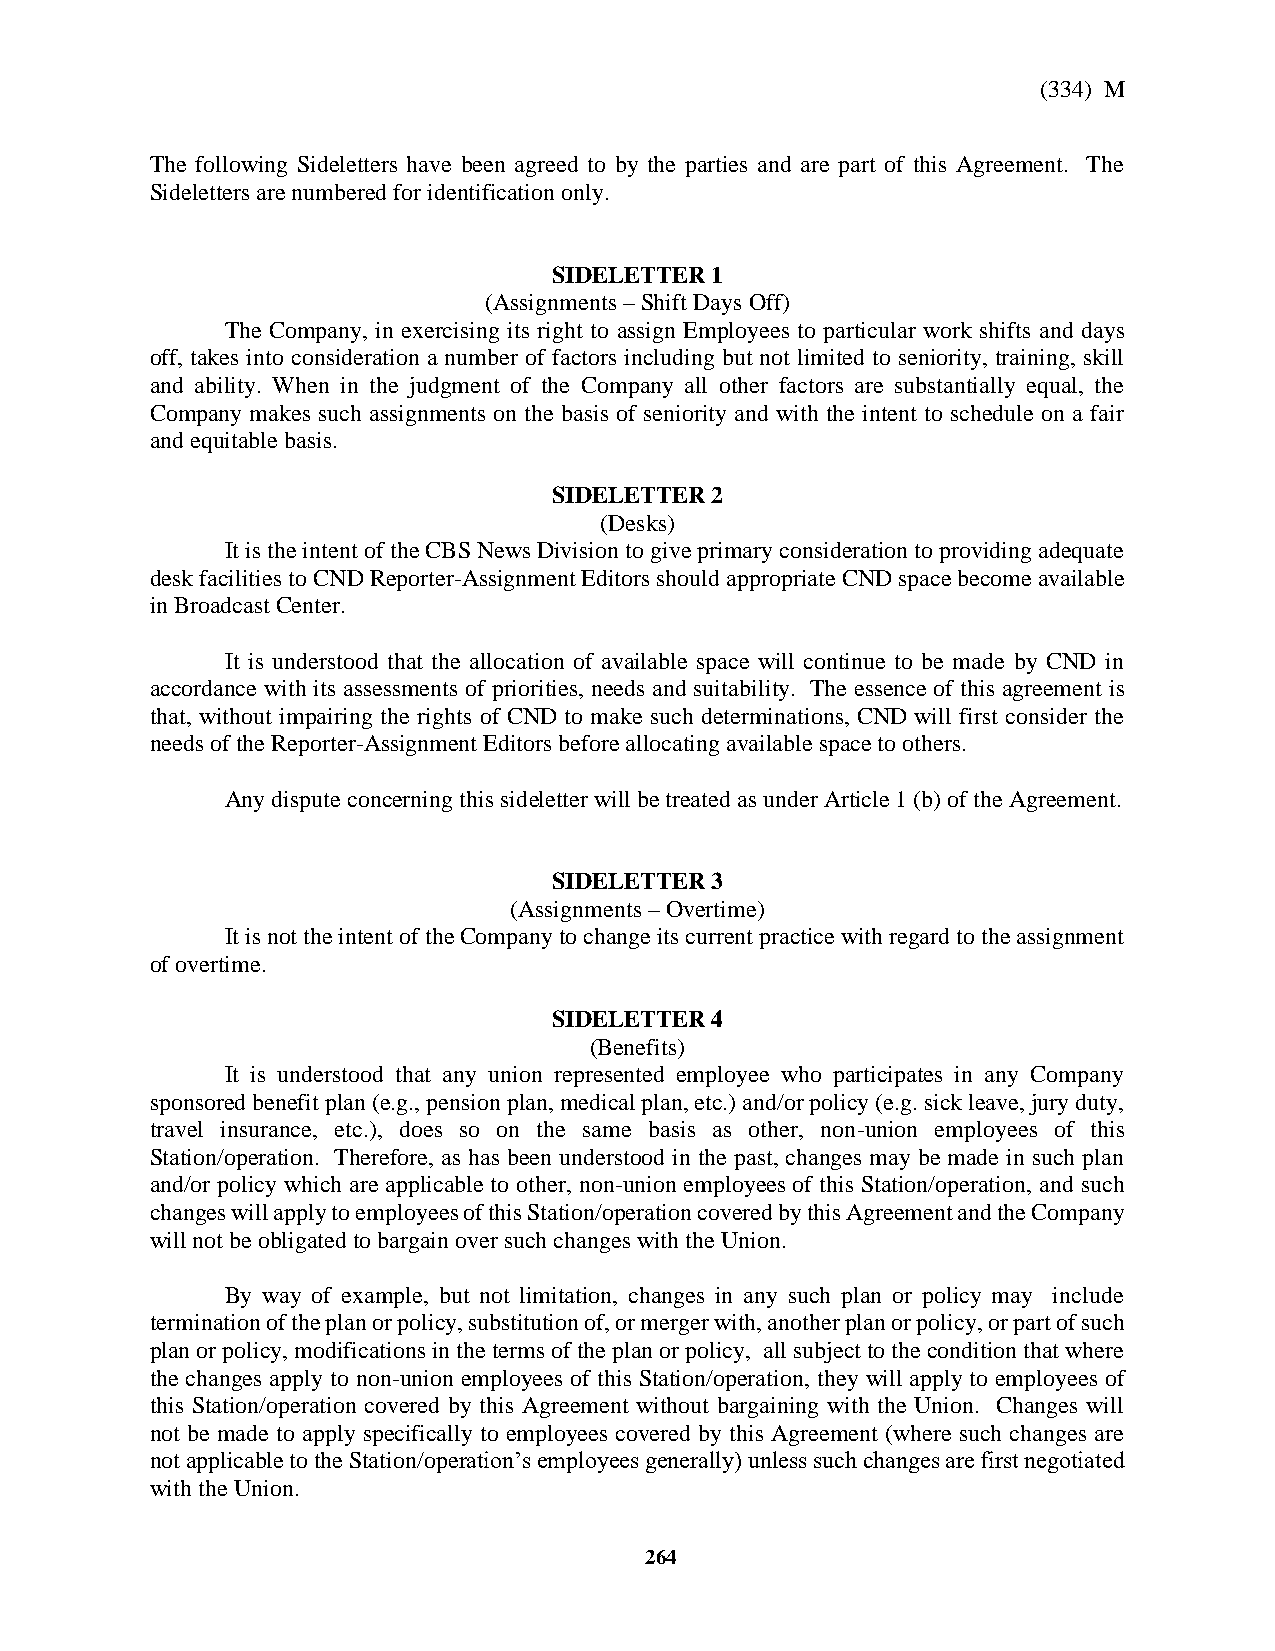
(334) M
 The following Sideletters have been agreed to by the parties and are part of this Agreement. The
 Sideletters are numbered for identification only.
 SIDELETTER 1
 (Assignments – Shift Days Off)
 The Company, in exercising its right to assign Employees to particular work shifts and days
 off, takes into consideration a number of factors including but not limited to seniority, training, skill
 and ability. When in the judgment of the Company all other factors are substantially equal, the
 Company makes such assignments on the basis of seniority and with the intent to schedule on a fair
 and equitable basis.
 SIDELETTER 2
 (Desks)
 It is the intent of the CBS News Division to give primary consideration to providing adequate
 desk facilities to CND Reporter-Assignment Editors should appropriate CND space become available
 in Broadcast Center.
 It is understood that the allocation of available space will continue to be made by CND in
 accordance with its assessments of priorities, needs and suitability. The essence of this agreement is
 that, without impairing the rights of CND to make such determinations, CND will first consider the
 needs of the Reporter-Assignment Editors before allocating available space to others.
 Any dispute concerning this sideletter will be treated as under Article 1 (b) of the Agreement.
 SIDELETTER 3
 (Assignments – Overtime)
 It is not the intent of the Company to change its current practice with regard to the assignment
 of overtime.
 SIDELETTER 4
 (Benefits)
 It is understood that any union represented employee who participates in any Company
 sponsored benefit plan (e.g., pension plan, medical plan, etc.) and/or policy (e.g. sick leave, jury duty,
 travel insurance, etc.), does so on the same basis as other, non-union employees of this
 Station/operation. Therefore, as has been understood in the past, changes may be made in such plan
 and/or policy which are applicable to other, non-union employees of this Station/operation, and such
 changes will apply to employees of this Station/operation covered by this Agreement and the Company
 will not be obligated to bargain over such changes with the Union.
 By way of example, but not limitation, changes in any such plan or policy may include
 termination of the plan or policy, substitution of, or merger with, another plan or policy, or part of such
 plan or policy, modifications in the terms of the plan or policy, all subject to the condition that where
 the changes apply to non-union employees of this Station/operation, they will apply to employees of
 this Station/operation covered by this Agreement without bargaining with the Union. Changes will
 not be made to apply specifically to employees covered by this Agreement (where such changes are
 not applicable to the Station/operation’s employees generally) unless such changes are first negotiated
 with the Union.
 264